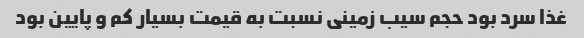
غذا سرد بود حجم سیب زمینی نسبت به قیمت بسیار کم و پایین بود